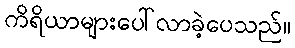
ကိရိယာများပေါ်လာခဲ့ပေသည်။